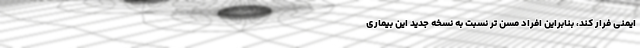
ایمنی فرار کند، بنابراین افراد مسن تر نسبت به نسخه جدید این بیماری